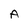
Character: A